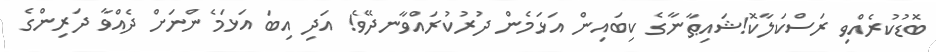
ބޮޑުކުރެއްވި ރަސްކަލާކޮ!ޝައިޠާނާގެ ކިބައިން އަޅަމެން ދުރުކުރައްވާނދޭވެ! އަދި އިބަ އަޅަމެންނަށް ދެއްވާ ދަރިންގެ